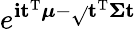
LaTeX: \! \, e^{\mathbf{i}\mathbf{{t}}^{\mathrm{{T}}}{\boldsymbol{\mu}}-{\sqrt{}{{\mathbf{{t}}^{\mathrm{{T}}}{\boldsymbol{\Sigma}}\mathbf{{t}}}}}}